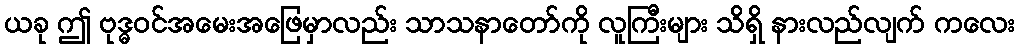
ယခု ဤ ဗုဒ္ဓဝင်အမေးအဖြေမှာလည်း သာသနာတော်ကို လူကြီးများ သိရှိ နားလည်လျက် ကလေး